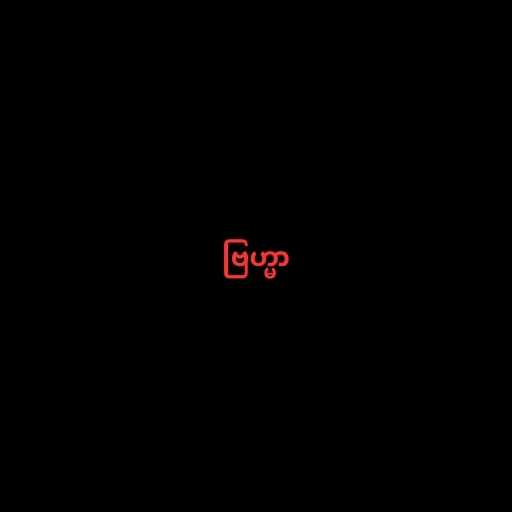
ဗြဟ္မာ